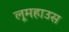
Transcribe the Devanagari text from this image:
लूमहाउस